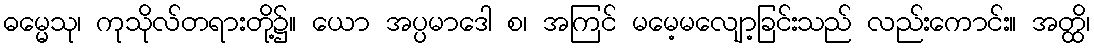
ဓမ္မေသု၊ ကုသိုလ်တရားတို့၌။ ယော အပ္ပမာဒေါ စ၊ အကြင် မမေ့မလျော့ခြင်းသည် လည်းကောင်း။ အတ္ထိ၊